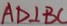
A D \bot B C